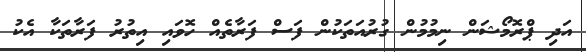
އަދި ޕްރޮމޯޝަން ނިމުމުން ގުރުއަތަކުން ފަސް ފަރާތެއް ހޮވައި އިތުރު ފަރާތަކާ އެކު